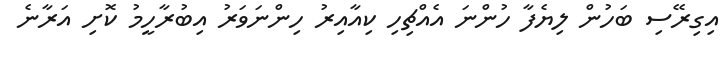
އިގިރޭސި ބަހުން ލިޔެފާ ހުންނަ އެއްޗިހި ކިއާއިރު ހިންނަވަރު އިބުރާހީމު ކޮށި އަރާނެ